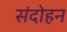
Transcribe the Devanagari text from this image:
संदोहन